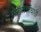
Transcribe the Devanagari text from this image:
सेनासत्ताधारी